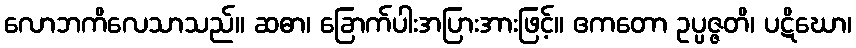
လောဘကိလေသာသည်။ ဆဓာ၊ ခြောက်ပါးအပြားအားဖြင့်။ ဧကတော ဥပ္ပဇ္ဇတိ၊ ပဋိဃော၊